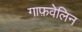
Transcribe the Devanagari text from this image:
गाफ़वेलिन